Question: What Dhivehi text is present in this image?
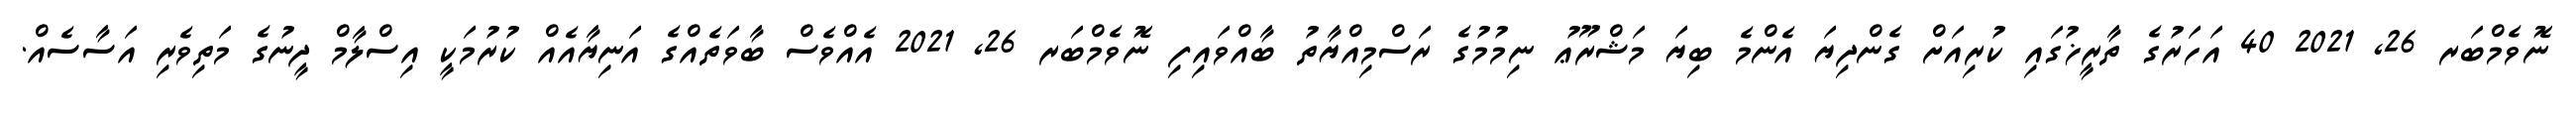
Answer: ނޮވެމްބަރ 26, 2021 40 އަހަރުގެ ތާރީޚުގައި ކުރިއަށް ގެންދިޔަ އެންމެ ބިޔަ މަޝްރޫޢު ނިމުމުގެ ރަސްމިއްޔާތު ބާއްވައިފި ނޮވެމްބަރ 26, 2021 އެއްވެސް ބާވަތެއްގެ އަނިޔާއެއް ކުރުމަކީ އިސްލާމް ދީނުގެ މަތިވެރި އަސާސެއް.